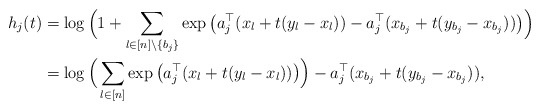
\begin{align*}h_j(t)&=\log\Big(1+\sum_{l\in[n]\setminus\{b_j\}}\exp\big(a_j^\top (x_l+t(y_l-x_l))-a_j^\top (x_{b_j}+t(y_{b_j}-x_{b_j}))\big)\Big)\\&=\log\Big(\sum_{l\in[n]}\exp\big(a_j^\top (x_l+t(y_l-x_l))\big)\Big)-a_j^\top (x_{b_j}+t(y_{b_j}-x_{b_j})),\end{align*}